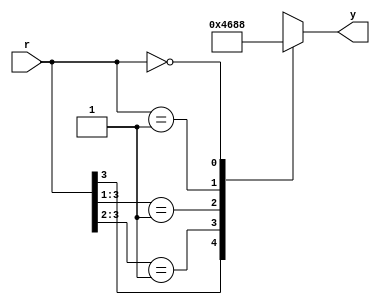
module casez0(
    input wire [3:0] r,
    output reg [2:0] y
);
    always @*
        casez(r)
            4'b1???: y = 3'b100;
            4'b01??: y = 3'b011;
            4'b001?: y = 3'b010;
            4'b0001: y = 3'b001;
            4'b0000: y = 3'b000;
        endcase
endmodule